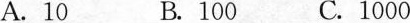
A.10 B.100 C.1000